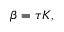
\beta = \tau K ,